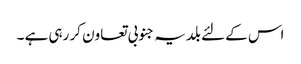
اس کے لئے بلدیہ جنوبی تعاون کر رہی ہے ۔